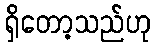
ရှိတော့သည်ဟု